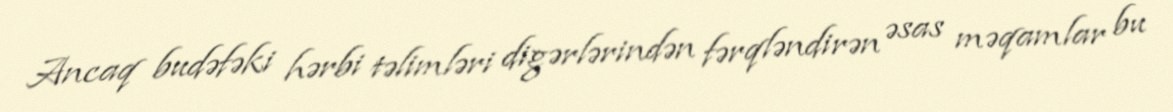
Ancaq budəfəki hərbi təlimləri digərlərindən fərqləndirən əsas məqamlar bu